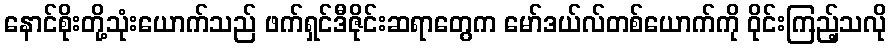
နောင်စိုးတို့သုံးယောက်သည် ဖက်ရှင်ဒီဇိုင်းဆရာတွေက မော်ဒယ်လ်တစ်ယောက်ကို ဝိုင်းကြည့်သလို